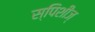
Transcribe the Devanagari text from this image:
स्पिशीज्‌